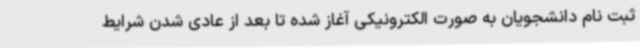
ثبت نام دانشجویان به صورت الکترونیکی آغاز شده تا بعد از عادی شدن شرایط